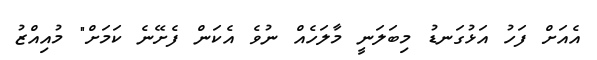
އެއަށް ފަހު އަޅުގަނޑު މިބަލަނީ މާލަހެއް ނުވެ އެކަން ފެށޭނެ ކަމަށް" މުއިއްޒު